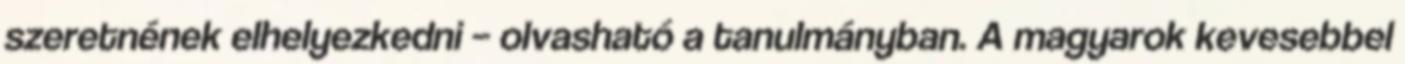
szeretnének elhelyezkedni – olvasható a tanulmányban. A magyarok kevesebbel